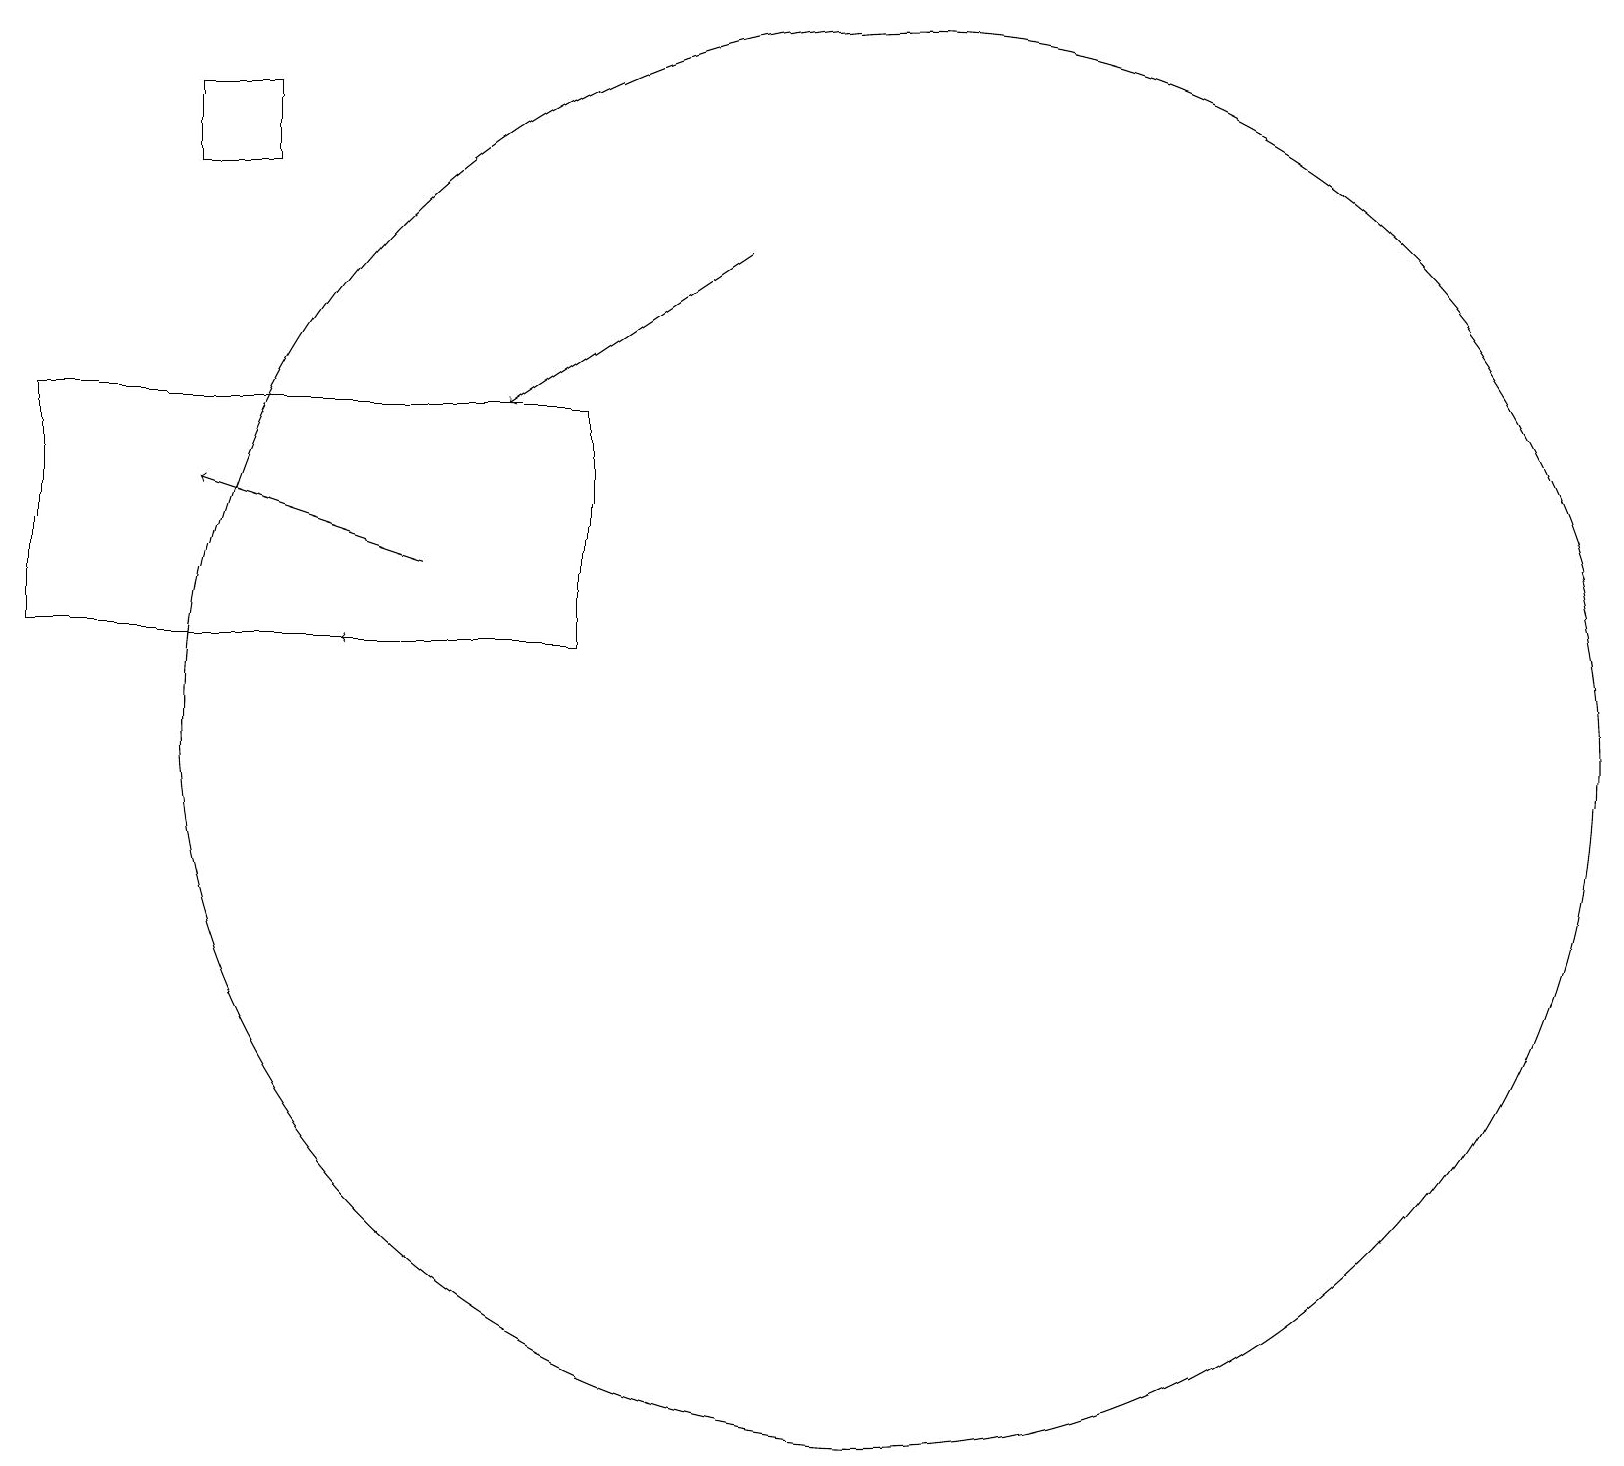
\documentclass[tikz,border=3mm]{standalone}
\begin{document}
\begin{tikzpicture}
\draw[->] (7,11) -- (4,11);
\draw (3,17) rectangle (2,18);
\draw (11,11) circle (0);
\draw[->] (5,12) -- (2,13);
\draw (11,10) circle (9);
\draw[->] (9,16) -- (6,14);
\draw (0,14) rectangle (7,11);
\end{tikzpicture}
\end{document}